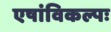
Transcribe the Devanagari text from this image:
एषांविकल्पः